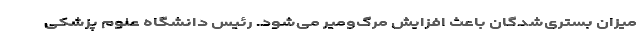
میزان بستری‌شدگان باعث افزایش مرگ‌ومیر می‌شود. رئیس دانشگاه علوم پزشکی